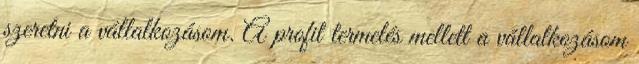
szeretni a vállalkozásom. A profit termelés mellett a vállalkozásom